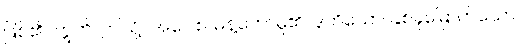
ဖြစ်၏။ ဣတိ၊ ဤသို့။ အဝေါစ၊ မိန့်တော်မူ၏။ ဒုတိယော၊ နှစ်ခုမြောက်သော။